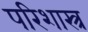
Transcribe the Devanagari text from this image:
परिशास्त्र